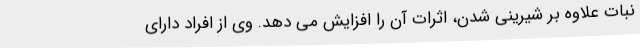
نبات علاوه بر شیرینی شدن، اثرات آن را افزایش می دهد. وی از افراد دارای